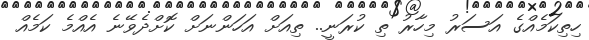
ހިތިކަމެއްގެ އަސަރު މިހާރު ތި ކުރަނީ.. ތިއަށް އަހަންނަށް ކޮށްދެވޭނެ އެއްމެ ކަމެއް